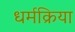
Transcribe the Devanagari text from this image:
धर्मक्रिया